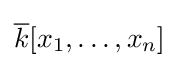
{\overline {k}}[x_{1},\dots ,x_{n}]